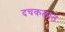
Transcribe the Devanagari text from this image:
दचकलात